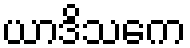
ယာဒိသကေ